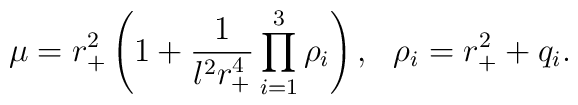
\mu = r_+^2 \left (1+\frac{1}{l^2 r_+^4} \prod _{i=1}^3 \rho_i \right), \ \ \rho_i =r_+^2 +q_i.